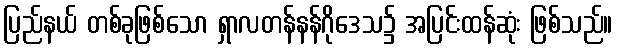
ပြည်နယ် တစ်ခုဖြစ်သော ရှာလတန်နန်ဂိုဒေသ၌ အပြင်းထန်ဆုံး ဖြစ်သည်။